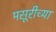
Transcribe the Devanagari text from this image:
मसूरीच्या